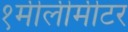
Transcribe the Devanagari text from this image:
१मीलीमीटर